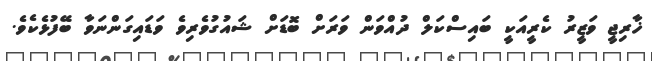
ޚާރިޖީ ވަޒީރު ކެރީއަކީ ބައިސްކަލް ދުއްވަން ވަރަށް ބޮޑަށް ޝައުގުވެރިވެ ވަޑައިގަންނަވާ ބޭފުޅެކެވެ.